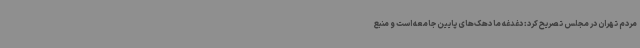
مردم تهران در مجلس تصریح کرد: دغدغه ما دهک‌های پایین جامعه است و منبع